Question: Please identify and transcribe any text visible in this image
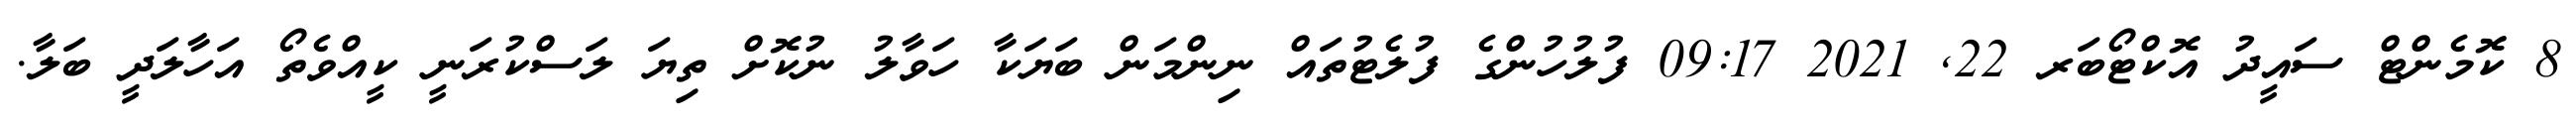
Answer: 8 ކޮމެންޓް ސައީދު އޮކްޓޯބަރ 22, 2021 09:17 ފުލުހުންގެ ފުލެޓުތައް ނިންމަން ބަޔަކާ ހަވާލު ނުކޮށް ތިޔަ ލަސްކުރަނީ ކީއްވެތޯ އަހާލަދީ ބަލާ.